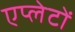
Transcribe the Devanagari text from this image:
एप्लेटों